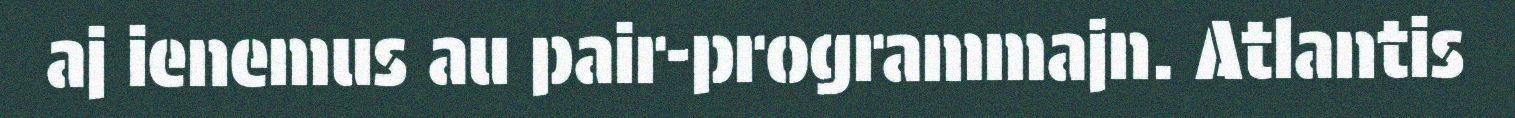
aj ienemus au pair-programmajn. Atlantis